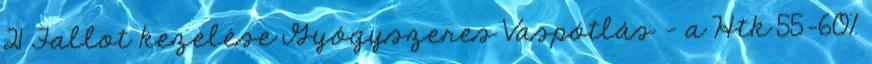
21 Fallot kezelése Gyógyszeres Vaspótlás – a Htk 55-60%